Annual returns of the Patna Lunatic Asylum at Bankipore in Bihar and Orissa - 1912-1924
Year: 1912
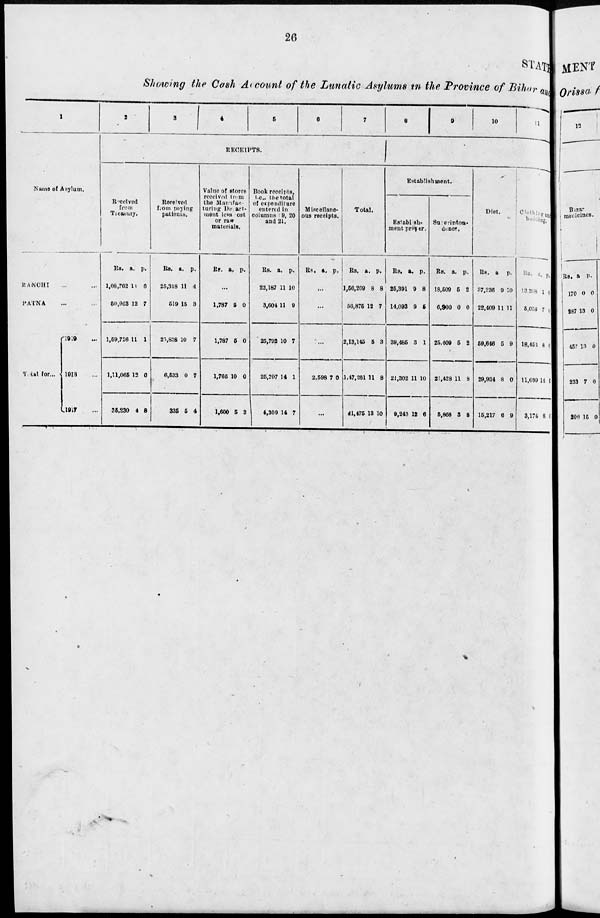
26
STATE
Showing the Cash Account of the Lunatic Asylums in the Province of Bihar and
1
Name of Asylum.
RANCHI ... ...
PATNA ... ...
Total for...
1919 ...
1918 ...
1917 ...
2
3
4
5
6
7
RECEIPTS.
Received
from
Treasury.
Rs.
1,08,762
50,963
1,59,726
1,11,065
35,230
a.
14
12
11
12
4
p.
6
7
1
0
8
Received
from paying
patients.
Rs.
25,318
519
25,838
6,533
335
a.
11
15
10
0
5
p.
4
3
7
7
4
Value of stores
received from
the Manufac-
turing Depart-
ment less Cost
or raw
materials.
Rs. a. p.
...
1,787
1,787
1,766
1,600
5
5
10
5
0
0
0
3
Book receipts,
i.c,. the total
of expenditure
entered in
columns 19, 20
and 21.
Rs.
22,187
3,604
25,792
26,297
4,309
a.
11
11
10
14
14
p.
10
9
7
1
7
Miscellane-
ous receipts.
Rs.
a. p.
...
...
...
2,598 7 0
...
Total.
Rs.
1,56,269
56,876
2,13,145
1,47,261
41,475
a.
8
12
5
11
13
p.
8
7
3
8
10
8
9
10
11
Establishment.
Establish-
ment proper.
Rs.
25,391
14,093
39,485
21,302
9,243
a.
9
9
3
11
12
p.
8
5
1
10
6
Superinton-
dence.
Rs.
18,509
6,900
25,409
21,428
5,868
a.
5
0
5
11
3
p.
2
0
2
8
8
Diet.
Rs.
37,236
22,409
59,646
29,934
15,217
a.
9
11
5
8
6
p.
10
11
9
0
9
Clothing and
bedding.
Rs.
13,398
5,058
18,456
11,699
3,174
a.
1
7
8
14
8
p.
0
0
0
0
0